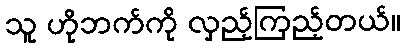
သူ ဟိုဘက်ကို လှည့်ကြည့်တယ်။